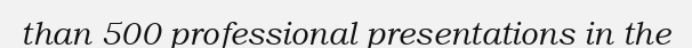
than 500 professional presentations in the